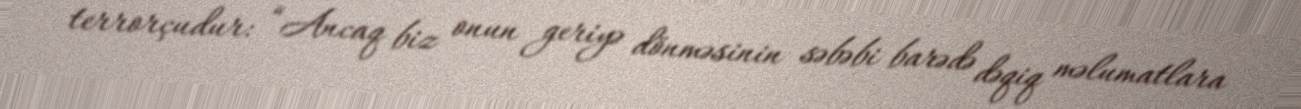
terrorçudur: “Ancaq biz onun geriyə dönməsinin səbəbi barədə dəqiq məlumatlara